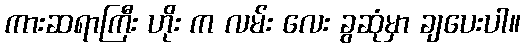
ကားဆရာကြီး ဟိုး က လမ်း လေး ခွဆုံမှာ ချပေးပါ။